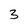
Character: 3